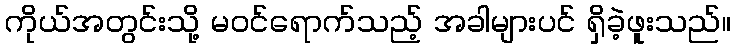
ကိုယ်အတွင်းသို့ မဝင်ရောက်သည့် အခါများပင် ရှိခဲ့ဖူးသည်။